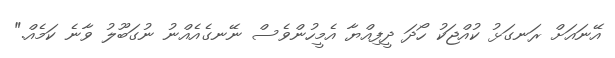
އޭނައަށް ރަނގަޅު ކުއްޖަކު ހޯދަ ދީފިއްޔާ އެމީހުންވެސް ނޭނގެއެއްނު ނުގަބޫލު ވާނެ ކަމެއް."